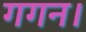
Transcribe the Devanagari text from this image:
गगन।